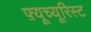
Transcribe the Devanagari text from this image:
फ़्यूच्यूरिस्ट